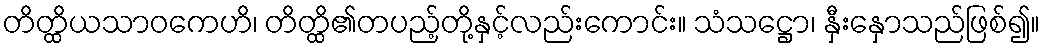
တိတ္ထိယသာဝကေဟိ၊ တိတ္ထိ၏တပည့်တို့နှင့်လည်းကောင်း။ သံသဋ္ဌော၊ နှီးနှောသည်ဖြစ်၍။